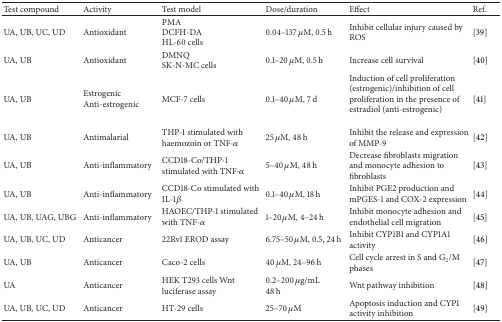
<table><thead><tr><td><b>Test compound</b></td><td><b>Activity</b></td><td><b>Test model</b></td><td><b>Dose/duration</b></td><td><b>Effect</b></td><td><b>Ref.</b></td></tr></thead><tbody><tr><td>UA, UB, UC, UD</td><td>Antioxidant</td><td>PMADCFH-DA HL-60 cells </td><td>0.04–137 μM, 0.5 h</td><td>Inhibit cellular injury caused by ROS</td><td>[39]</td></tr><tr><td>UA, UB</td><td>Antioxidant</td><td>DMNQSK-N-MC cells</td><td>0.1–20 <i>μ</i>M, 0.5 h</td><td>Increase cell survival</td><td>[40]</td></tr><tr><td>UA, UB</td><td>EstrogenicAnti-estrogenic</td><td>MCF-7 cells</td><td>0.1–40 <i>μ</i>M, 7 d</td><td>Induction of cell proliferation (estrogenic)/inhibition of cell proliferation in the presence of estradiol (anti-estrogenic)</td><td>[41]</td></tr><tr><td>UA, UB</td><td>Antimalarial</td><td>THP-1 stimulated with haemozoin or TNF-<i>α</i></td><td>25 <i>μ</i>M, 48 h</td><td>Inhibit the release and expression of MMP-9</td><td>[42]</td></tr><tr><td>UA, UB</td><td>Anti-inflammatory</td><td>CCD18-Co/THP-1 stimulated with TNF-<i>α</i></td><td>5–40 <i>μ</i>M, 48 h</td><td>Decrease fibroblasts migration and monocyte adhesion to fibroblasts</td><td>[43]</td></tr><tr><td>UA, UB</td><td>Anti-inflammatory</td><td>CCD18-Co stimulated with IL-1<i>β</i></td><td>0.1–40 μM, 18 h</td><td>Inhibit PGE2 production and mPGES-1 and COX-2 expression</td><td>[44]</td></tr><tr><td>UA, UB, UAG, UBG</td><td>Anti-inflammatory</td><td>HAOEC/THP-1 stimulated with TNF-<i>α</i></td><td>1–20 μM, 4–24 h</td><td>Inhibit monocyte adhesion and endothelial cell migration</td><td>[45]</td></tr><tr><td>UA, UB, UC, UD</td><td>Anticancer</td><td>22Rv1 EROD assay</td><td>6.75–50 <i>μ</i>M, 0.5, 24 h</td><td>Inhibit CYP1B1 and CYP1A1 activity</td><td>[46]</td></tr><tr><td>UA, UB</td><td>Anticancer</td><td>Caco-2 cells</td><td>40 <i>μ</i>M, 24–96 h</td><td>Cell cycle arrest in S and G<sub>2</sub>/M phases</td><td>[47]</td></tr><tr><td>UA</td><td>Anticancer</td><td>HEK T293 cells Wnt luciferase assay </td><td>0.2–200 μg/mL48 h</td><td>Wnt pathway inhibition</td><td>[48]</td></tr><tr><td>UA, UB, UC, UD</td><td>Anticancer</td><td>HT-29 cells</td><td>25–70 <i>μ</i>M</td><td>Apoptosis induction and CYP1 activity inhibition</td><td>[49]</td></tr></tbody></table>